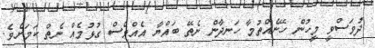
ދުވަސްވީ މީހުން ހޭނެއްތުމާ ހަނދާން ނެތޭ ބައްޔާ އެއްވެސް ގުޅުމެއް ނެތް ކަމަށެވެ.